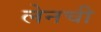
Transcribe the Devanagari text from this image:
लेनची